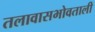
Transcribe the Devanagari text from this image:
तलावासभोवताली